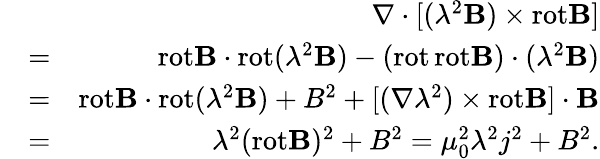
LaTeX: \begin{array}{rlr}&{}&{\nabla\cdot[(\lambda^{2}{\mathbf B})\times\mathrm{rot}{\mathbf B}]}\\ &{=}&{\mathrm{rot}{\mathbf B}\cdot\mathrm{rot}(\lambda^{2}{\mathbf B})-(\mathrm{rot}\, \mathrm{rot}{\mathbf B})\cdot(\lambda^{2}{\mathbf B})}\\ &{=}&{\mathrm{rot}{\mathbf B}\cdot\mathrm{rot}(\lambda^{2}{\mathbf B})+B^{2}+[(\nabla\lambda^{2})\times\mathrm{rot}{\mathbf B}]\cdot{\mathbf B}}\\ &{=}&{\lambda^{2}(\mathrm{rot}{\mathbf B})^{2}+B^{2}=\mu_{0}^{2}\lambda^{2}j^{2}+B^{2}.}\end{array}